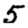
Digit: 5